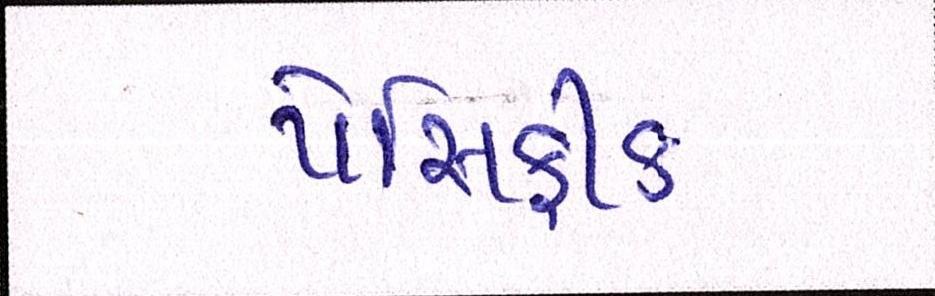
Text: પેસિફીક